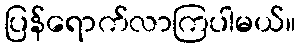
ပြန်ရောက်လာကြပါမယ်။